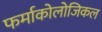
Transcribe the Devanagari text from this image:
फर्माकोलोजिकल